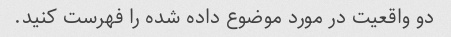
دو واقعیت در مورد موضوع داده شده را فهرست کنید.